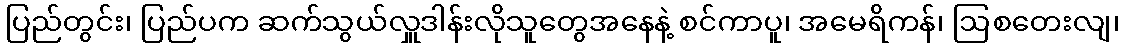
ပြည်တွင်း၊ ပြည်ပက ဆက်သွယ်လှူဒါန်းလိုသူတွေအနေနဲ့ စင်ကာပူ၊ အမေရိကန်၊ ဩစတေးလျ၊